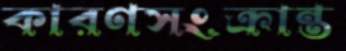
কারণসংক্রান্ত